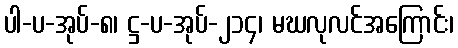
ပါ-ပ-အုပ်-၈၊ ဋ္ဌ-ပ-အုပ်-၂၁၄၊ မဃလုလင်အကြောင်း၊